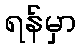
ရန်မှာ